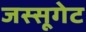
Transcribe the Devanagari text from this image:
जस्सूगेट